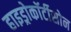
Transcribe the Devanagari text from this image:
हाइड्रोकॉर्टीसोन